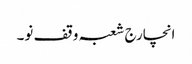
انچارج شعبہ وقف نو۔